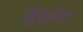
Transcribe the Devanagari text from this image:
मुहूर्तत्व